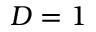
D = 1